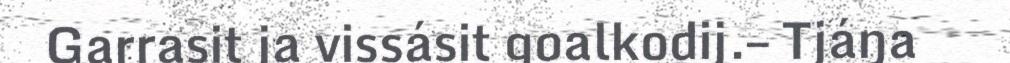
Garrasit ja vissásit goalkodij.– Tjáŋa